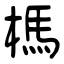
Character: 榪